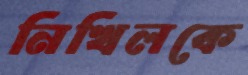
নিখিলকে